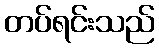
တပ်ရင်းသည်